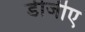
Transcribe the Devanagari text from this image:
डीजीए